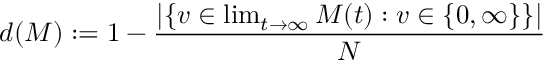
d ( M ) : = 1 - \frac { | \{ v \in \operatorname* { l i m } _ { t \rightarrow \infty } M ( t ) : v \in \{ 0 , \infty \} \} | } { N }